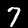
Digit: 7